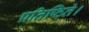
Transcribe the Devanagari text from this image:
प्रतिष्ठितं।